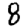
Digit: 8